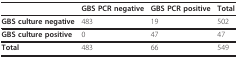
<table><thead><tr><td></td><td><b>GBS PCR negative</b></td><td><b>GBS PCR positive</b></td><td><b>Total</b></td></tr></thead><tbody><tr><td><b>GBS culture negative</b></td><td>483</td><td>19</td><td>502</td></tr><tr><td><b>GBS culture positive</b></td><td>0</td><td>47</td><td>47</td></tr><tr><td><b>Total</b></td><td>483</td><td>66</td><td>549</td></tr></tbody></table>